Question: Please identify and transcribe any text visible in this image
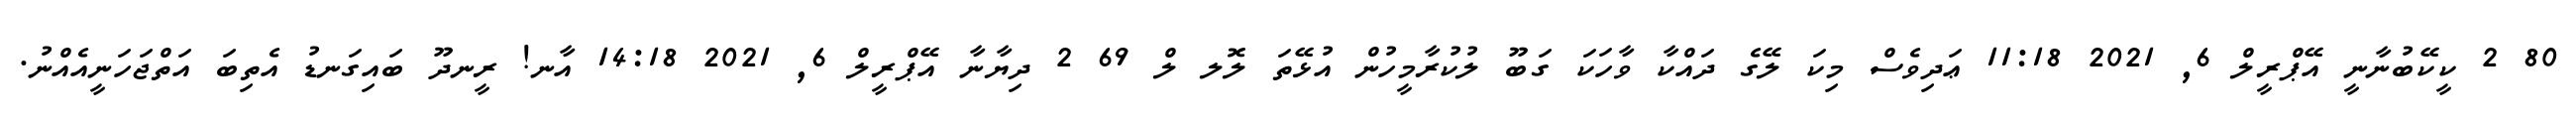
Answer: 80 2 ކީކޭބުނާނީ އޭޕްރީލް 6, 2021 11:18 ޢަދިވެސް މިކަ ލޭގެ ދައްކާ ވާހަކަ ގަބޫ ލުކުރާމީހުން އުޅޭތަ ލޮލ ލް 69 2 ދިޔާނާ އޭޕްރީލް 6, 2021 14:18 އާނ! ރީނދޫ ބައިގަނޑު އެތިބަ އަތްޖަހަނީއެއްނު.